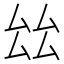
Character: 𠫬